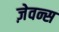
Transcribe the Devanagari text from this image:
ज़ेवन्स